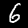
Digit: 6